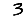
Digit: 3